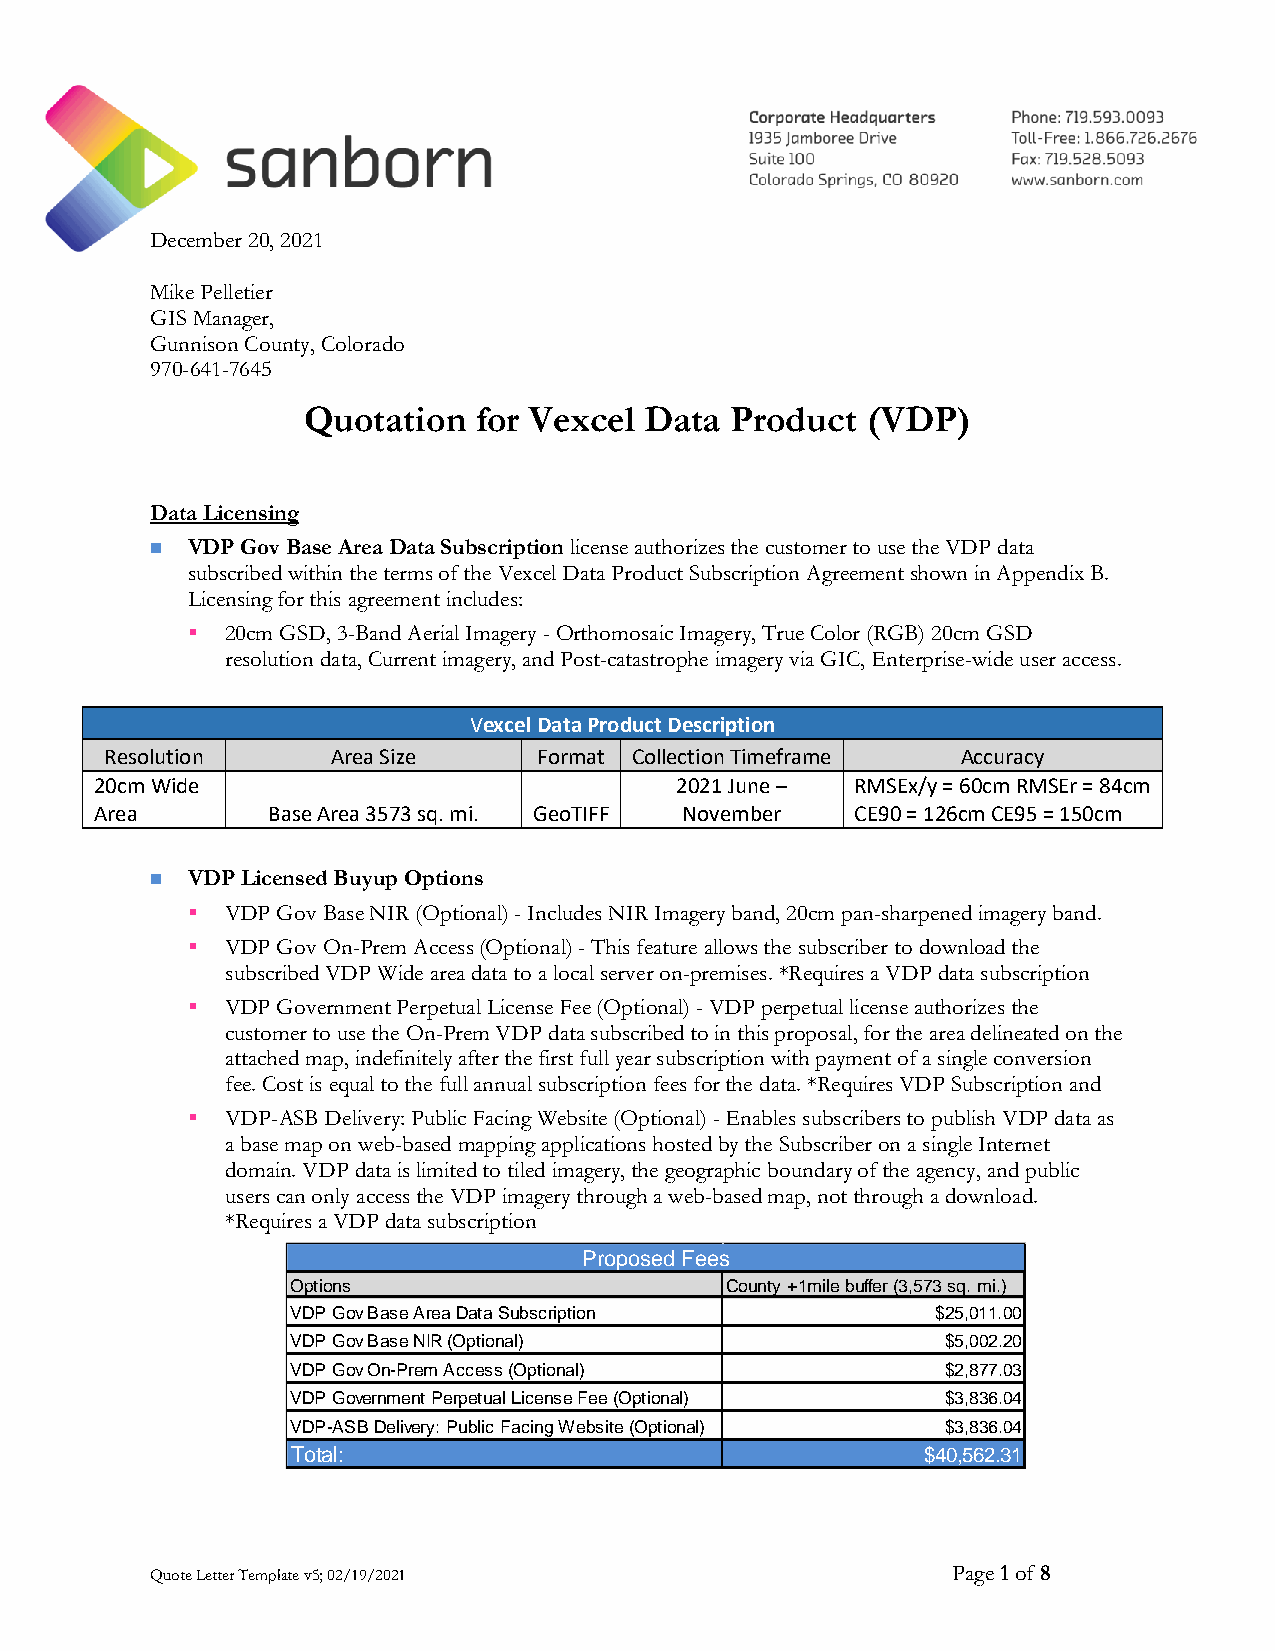
December 20, 2021
 Mike Pelletier
 GIS Manager,
 Gunnison County, Colorado
 970-641-7645
 Quotation   for Vexcel Data Product  (VDP)
 Data Licensing
 ◼ VDP Gov Base Area Data Subscription license authorizes the customer to use the VDP data
 subscribed within the terms of the Vexcel Data Product Subscription Agreement shown in Appendix B.
 Licensing for this agreement includes:
 ▪  20cm GSD, 3-Band Aerial Imagery - Orthomosaic Imagery, True Color (RGB) 20cm GSD
 resolution data, Current imagery, and Post-catastrophe imagery via GIC, Enterprise-wide user access.
 Vexcel Data Product Description
 Resolution     Area Size     Format Collection Timeframe Accuracy
 20cm Wide                              2021 June – RMSEx/y = 60cm RMSEr = 84cm
 Area        Base Area 3573 sq. mi. GeoTIFF November CE90 = 126cm CE95 = 150cm
 ◼ VDP Licensed Buyup Options
 ▪  VDP Gov Base NIR (Optional) - Includes NIR Imagery band, 20cm pan-sharpened imagery band.
 ▪  VDP Gov On-Prem Access (Optional) - This feature allows the subscriber to download the
 subscribed VDP Wide area data to a local server on-premises. *Requires a VDP data subscription
 ▪  VDP Government Perpetual License Fee (Optional) - VDP perpetual license authorizes the
 customer to use the On-Prem VDP data subscribed to in this proposal, for the area delineated on the
 attached map, indefinitely after the first full year subscription with payment of a single conversion
 fee. Cost is equal to the full annual subscription fees for the data. *Requires VDP Subscription and
 ▪  VDP-ASB Delivery: Public Facing Website (Optional) - Enables subscribers to publish VDP data as
 a base map on web-based mapping applications hosted by the Subscriber on a single Internet
 domain. VDP data is limited to tiled imagery, the geographic boundary of the agency, and public
 users can only access the VDP imagery through a web-based map, not through a download.
 *Requires a VDP data subscription
 Proposed Fees
 Options                      County +1mile buffer (3,573 sq. mi.)
 VDP Gov Base Area Data Subscription        $25,011.00
 VDP Gov Base NIR (Optional)                 $5,002.20
 VDP Gov On-Prem Access (Optional)           $2,877.03
 VDP Government Perpetual License Fee (Optional) $3,836.04
 VDP-ASB Delivery: Public Facing Website (Optional) $3,836.04
 Total:                                    $40,562.31
 Quote Letter Template v5; 02/19/2021                 Page 1 of 8